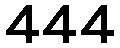
444